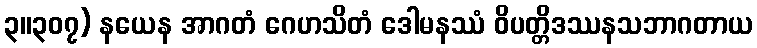
၃။၃၀၇) နယေန အာဂတံ ဂေဟသိတံ ဒေါမနဿံ ဝိပတ္တိဒဿနသဘာဂတာယ